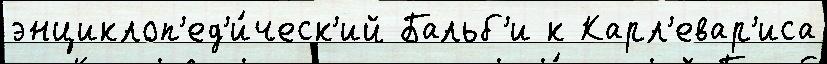
энциклоп'ед'и́ческ'ий Бальб'и к Карл'евар'иса